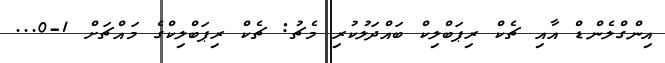
އިންގްލެންޑް އާއި ޗެކް ރިޕަބްލިކް ބައްދަލުކުރި މެޗު: ޗެކް ރިޕަބްލިކްގެ މައްޗަށް 1-0...